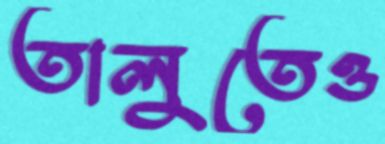
তালুতেও